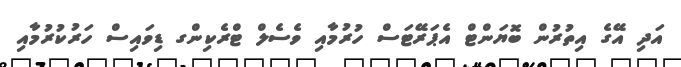
އަދި އޭގެ އިތުރުން ބޮޔަންޓް އެޕަރޭޓަސް ހުރުމާއި ވެސެލް ޓްރެކިންގ ޑިވައިސް ހަރުކުރުމާއި